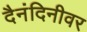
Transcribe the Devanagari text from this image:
दैनंदिनीवर